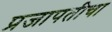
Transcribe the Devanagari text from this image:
प्रजापतीचा